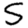
Digit: 5